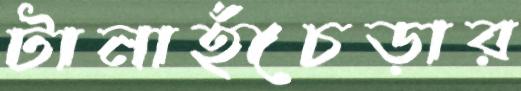
টানাহঁেচড়ার